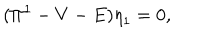
( { \Pi } ^ { 1 } - V - E ) { \eta } _ { 1 } = 0 ,